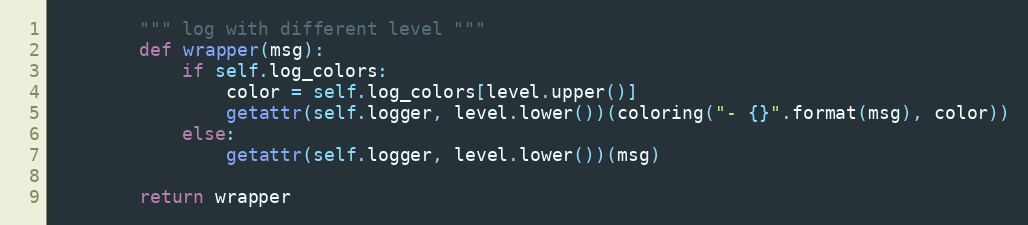
Language: Python
        """ log with different level """
        def wrapper(msg):
            if self.log_colors:
                color = self.log_colors[level.upper()]
                getattr(self.logger, level.lower())(coloring("- {}".format(msg), color))
            else:
                getattr(self.logger, level.lower())(msg)

        return wrapper